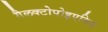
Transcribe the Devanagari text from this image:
गैलक्टोपोइएसिस